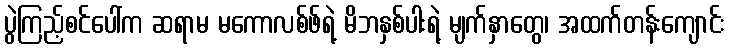
ပွဲကြည့်စင်ပေါ်က ဆရာမ မကောလစ်ဖ်ရဲ့ မိဘနှစ်ပါးရဲ့ မျက်နှာတွေ၊ အထက်တန်းကျောင်း